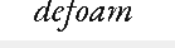
defoam